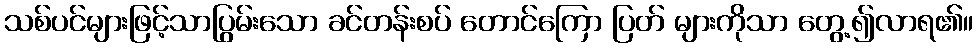
သစ်ပင်များဖြင့်သာပြွမ်းသော ခင်တန်းစပ် တောင်ကြော ပြတ် များကိုသာ တွေ့၍လာရ၏။